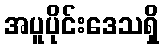
အပူပိုင်းဒေသရှိ